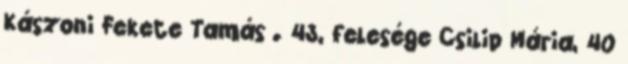
Kászoni Fekete Tamás . 43, felesége Csilip Mária, 40